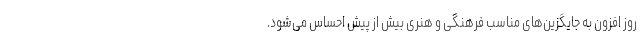
روز افزون به جایگزین‌های مناسب فرهنگی و هنری بیش از پیش احساس می‌شود.